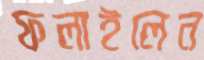
ফলাইলেন